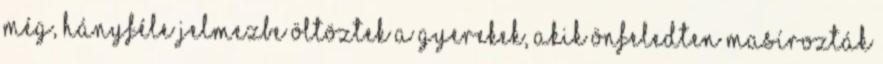
még, hányféle jelmezbe öltöztek a gyerekek, akik önfeledten masírozták